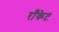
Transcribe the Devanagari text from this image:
राँकेट